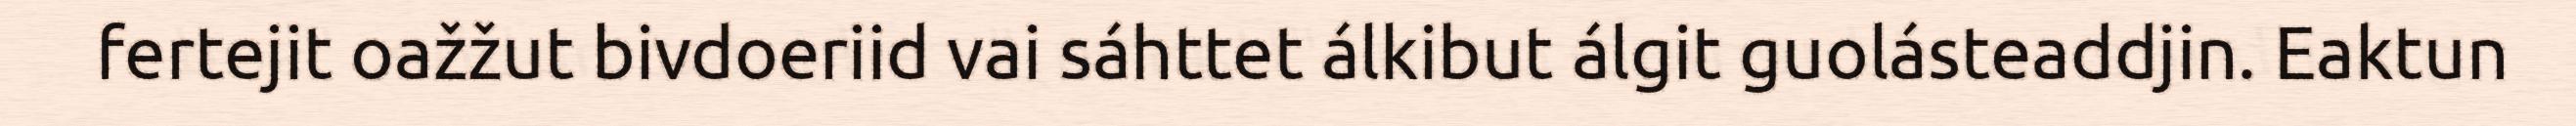
fertejit oažžut bivdoeriid vai sáhttet álkibut álgit guolásteaddjin. Eaktun